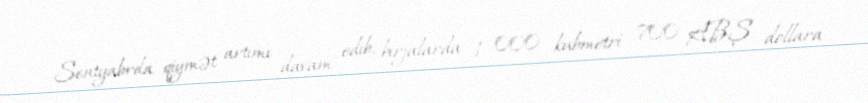
Sentyabrda qiymət artımı davam edib, birjalarda 1 000 kubmetri 700 ABŞ dollara